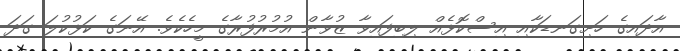
އާދައިގެ ހަށިގަނޑަކާއި އިސްކޮޅެއް ލިބިފައިވާ ޒުވާން އުމުރުފުރާގެ މީހެކެވެ. އޭނަގެ ކަޅުކުލަ ގަދަ